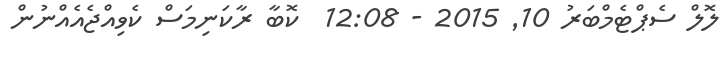
ލޮލް ސެޕްޓެމްބަރު 10